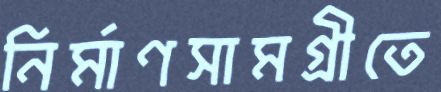
নির্মাণসামগ্রীতে